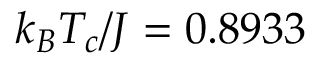
k _ { B } T _ { c } / J = 0 . 8 9 3 3